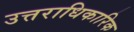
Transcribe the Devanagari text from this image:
उत्तराधिकारिक